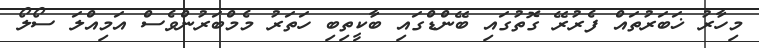
މިހާރު ޚަބަރުތައް ފެރުރޭ ގޮތުގައި ބޭންޑްގައި ބާކީތިބި ހަތަރު މެމްބަރުންވެސް އަމިއްލަ ސޯލޯ